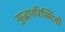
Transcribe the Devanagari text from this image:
युद्धपरिस्थिती